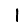
Digit: 1